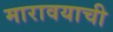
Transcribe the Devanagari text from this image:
मारावयाची